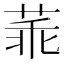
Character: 䓙